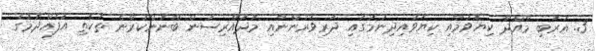
3. ޢަރަބި މާއްދާ ކިޔެވުމާއި ކިޔަވައިދިނުމުގައި ދަރިވަރުންނާއި މުދައްރިސުން ބޭނުންކުރާނެ ތަކެތި އުފެއްދުމުގެ